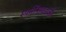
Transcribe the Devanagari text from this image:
स्पर्मीसाइडऔर